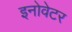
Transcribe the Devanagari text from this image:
इनोवेटर